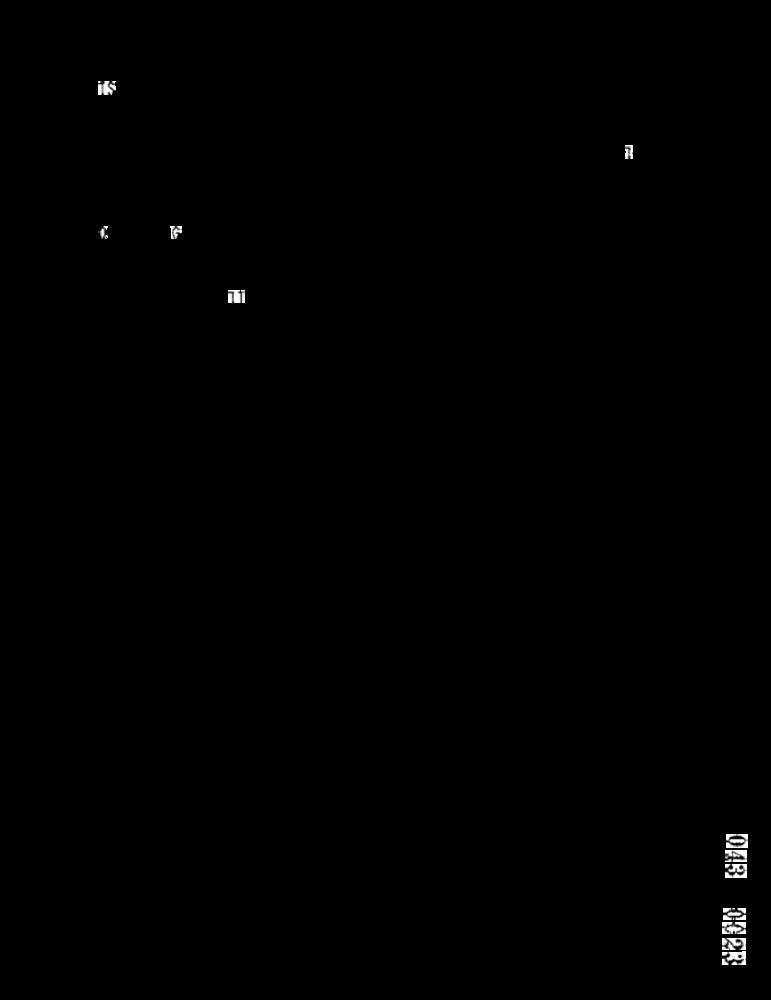
KL
IL